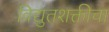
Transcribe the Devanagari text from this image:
विद्युतशक्तीचा